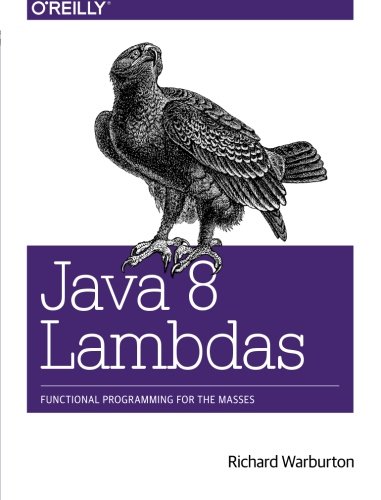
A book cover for Java 8 Lambdas: Functional Programming For The Masses; Richard Warburton; Computers & Technology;